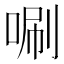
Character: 唰